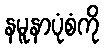
နမူနာပုံစံကို